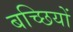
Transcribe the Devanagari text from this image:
बच्छियों